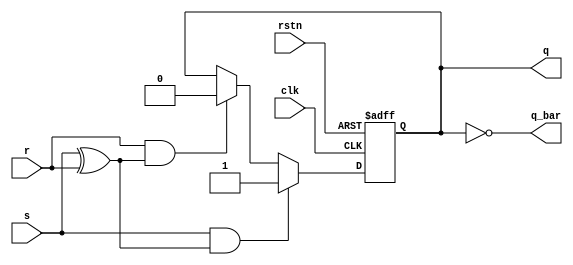
module sff(
    input s,
    input r,
    input clk,
    input rstn, 
    output reg q,
    output q_bar);
    always @(posedge clk or negedge rstn) begin
        if (!rstn) q <= 0;  
        else if (s && (s^r)) begin
            q<=1;
        end
        else if (r && (s^r)) begin
             q<=0;
        end
        else if (!(s||r)) begin
            q<=q;
        end
    end
    assign q_bar = ~q;
endmodule

module graycode(
    input clk,  
    input [3:0] xin,  
    input rstn,
    output [3:0] out);
    wire  q3, q_bar3;  
    wire  q2, q_bar2;
    wire  q1, q_bar1;
    wire  q0, q_bar0;

    sff sff0 ( .s((~xin[1] && !(xin[2]^xin[3])) || (xin[1] && (xin[2]^xin[3]))),
      .r((~xin[1] && (xin[2]^xin[3])) || ((xin[1] && !(xin[2]^xin[3])))),
      .rstn(rstn),
       .clk(clk), 
       .q(q0),  
       .q_bar(q_bar0));  
  
    sff sff1 ( .s (xin[0] && !(xin[2]^xin[3])),
      .r(xin[0] && (xin[2]^xin[3])),
      .rstn(rstn),
      .clk (clk), 
      .q (q1),  
      .q_bar (q_bar1));
    
    sff sff2 ( .s (~xin[0] && xin[1] && ~xin[3]),
      .r(~xin[0] && xin[1] && xin[3]),
      .rstn(rstn),
      .clk (clk), 
      .q (q2),  
      .q_bar (q_bar2));

    sff sff3 ( .s (~xin[0] && ~xin[1] && xin[2]),
      .r(~xin[0] && ~xin[1] && ~xin[2]),
      .rstn(rstn),
      .clk (clk), 
      .q (q3),  
      .q_bar (q_bar3));
    assign out = {q3 , q2 , q1 , q0};
endmodule